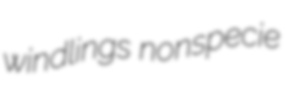
windlings nonspecie